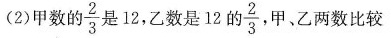
（2）甲数的\frac{2}{3}是12，乙数是12的\frac{2}{3},甲、乙两数比较